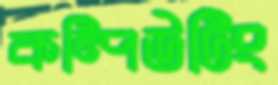
কম্পিউটিং